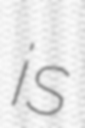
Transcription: is